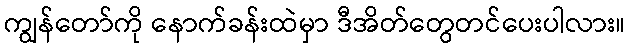
ကျွန်တော်ကို နောက်ခန်းထဲမှာ ဒီအိတ်တွေတင်ပေးပါလား။